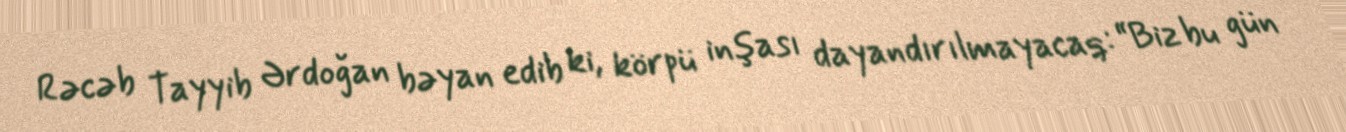
Rəcəb Tayyib Ərdoğan bəyan edib ki, körpü inşası dayandırılmayacaq: “Biz bu gün